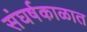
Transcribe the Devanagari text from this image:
संघर्षकाळात